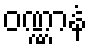
ဝဏ္ဏာနံ